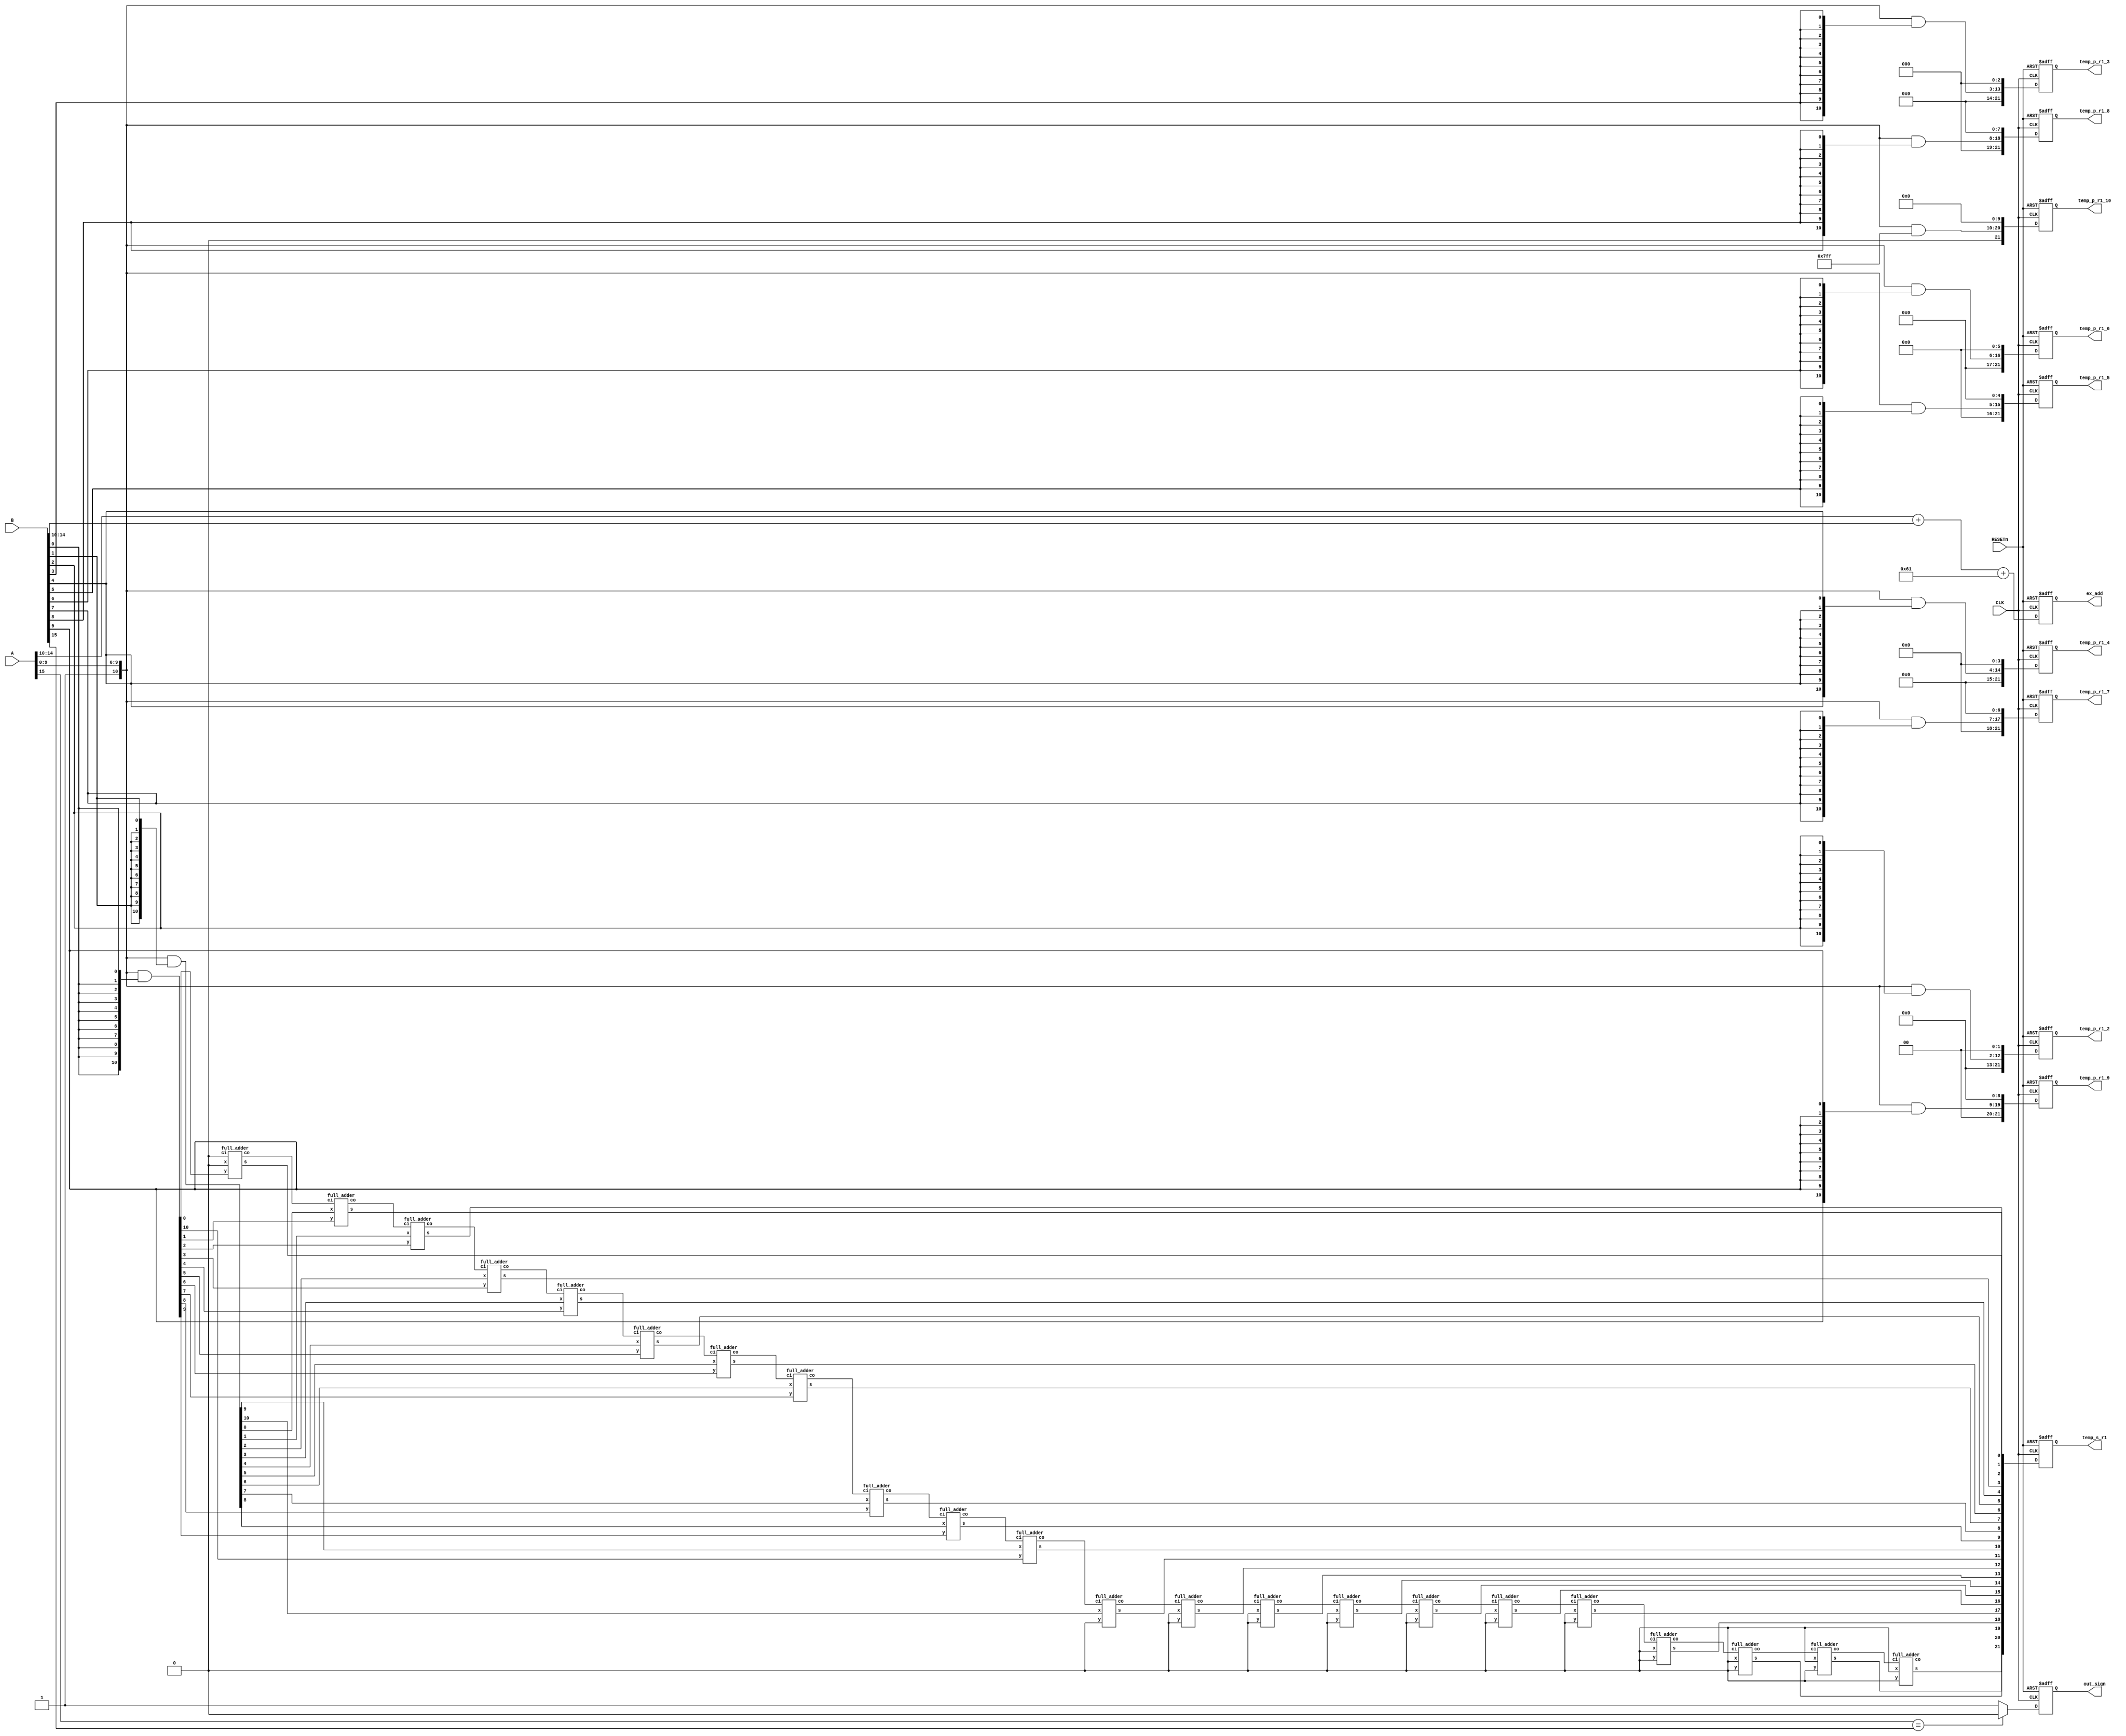
//float multiplier step1 - ex_add, out_sign
// + array_multiplier - get partial & 1st line summation

module fm_step1(CLK, RESETn, A, B, ex_add, out_sign, temp_p_r1_2, temp_p_r1_3, temp_p_r1_4, temp_p_r1_5, temp_p_r1_6, temp_p_r1_7, temp_p_r1_8, temp_p_r1_9, temp_p_r1_10, temp_s_r1);
	input CLK, RESETn;
	input [15:0] A, B;
	
	output reg [7:0] ex_add;
	output reg out_sign;
	
	output reg [21:0] temp_p_r1_2;
	output reg [21:0] temp_p_r1_3;
	output reg [21:0] temp_p_r1_4;
	output reg [21:0] temp_p_r1_5;
	output reg [21:0] temp_p_r1_6;
	output reg [21:0] temp_p_r1_7;
	output reg [21:0] temp_p_r1_8;
	output reg [21:0] temp_p_r1_9;
	output reg [21:0] temp_p_r1_10;
	
	output reg [21:0] temp_s_r1;
	
	wire s_A = A[15];							//sign of A
	wire [4:0] ex_A = A[14:10];			//exponent of A
	wire [10:0] sg_A = {1'b1, A[9:0]};	//significand of A
	
	wire s_B = B[15];							//sign of B
	wire [4:0] ex_B = B[14:10];			//exponent of B
	wire [10:0] sg_B = {1'b1, B[9:0]};	//significand of B
	
	//exponent addition////////////////////////////
	wire [7:0] ex_addition = ex_A + ex_B + 97;
	//@-127 = (ex_A-15) + (ex_B - 15)
	
	//sign_determine//////////////////////
	wire sign_determine = (s_A == s_B) ? 0 :1;
	//equal sign - positive output=0, differnet sing - negetive output=1
	
	
	//array mulriplier - first row//////////////
	wire [21:0] partials[10:0];
	wire [21:0] sum_r1;
	wire [22:0] carry_r1;
	
	//partials generate
	genvar i;
	generate
		for (i=0 ; i<11 ; i=i+1) begin
			assign partials[i] = {sg_A&{11{sg_B[i]}}} << i;
		end
	endgenerate
	
	assign carry_r1[0] = 1'b0;
	//assign sum_r1[0] = partials[0];
	
	genvar c;
	generate
		for (c=0 ; c<22 ; c=c+1) begin: am_row1
			full_adder fm_s1_am1(.x(partials[1][c]), .y(partials[0][c]), .ci(carry_r1[c]), .co(carry_r1[c+1]), .s(sum_r1[c]));	
		end
	endgenerate
	
	

	always@(posedge CLK, negedge RESETn)begin
		if(!RESETn)begin
			out_sign <= 0;
			ex_add <= 0;
			
			temp_p_r1_2 <= 0;
			temp_p_r1_3 <= 0;
			temp_p_r1_4 <= 0;
			temp_p_r1_5 <= 0;
			temp_p_r1_6 <= 0;
			temp_p_r1_7 <= 0;
			temp_p_r1_8 <= 0;
			temp_p_r1_9 <= 0;
			temp_p_r1_10 <= 0;
			temp_s_r1 <= 22'b0;
		end
		
		else begin
			out_sign <= sign_determine;
			ex_add <= ex_addition;
			
			temp_p_r1_2 <= partials[2];
			temp_p_r1_3 <= partials[3];
			temp_p_r1_4 <= partials[4];
			temp_p_r1_5 <= partials[5];
			temp_p_r1_6 <= partials[6];
			temp_p_r1_7 <= partials[7];
			temp_p_r1_8 <= partials[8];
			temp_p_r1_9 <= partials[9];
			temp_p_r1_10 <= partials[10];
			temp_s_r1 <= sum_r1;
		end
	end
	
endmodule

/////////////////////////////////////////////
	
module full_adder(x,y,ci,co,s);
	input x, y, ci;
	output co, s;
	
	wire w1, w2, w3;
	xor(w1, x, y);
	xor(s, w1, ci);
	and(w2, w1, ci);
	and(w3, x, y);
	or(co, w3, w2);

endmodule